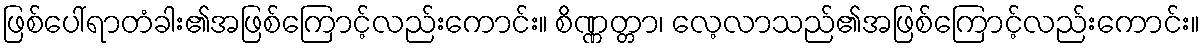
ဖြစ်ပေါ်ရာတံခါး၏အဖြစ်ကြောင့်လည်းကောင်း။ စိဏ္ဏတ္တာ၊ လေ့လာသည်၏အဖြစ်ကြောင့်လည်းကောင်း။